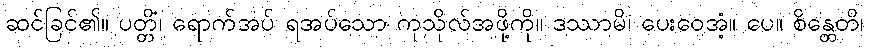
ဆင်ခြင်၏။ ပတ္တိံ၊ ရောက်အပ် ရအပ်သော ကုသိုလ်အဖို့ကို။ ဒဿာမိ၊ ပေးဝေအံ့။ ပေ။ စိန္တေတိ၊